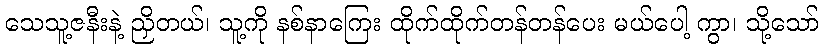
သေသူ့ဇနီးနဲ့ ညှိတယ်၊ သူ့ကို နစ်နာကြေး ထိုက်ထိုက်တန်တန်ပေး မယ်ပေါ့ ကွာ၊ သို့သော်